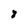
Character: 8